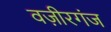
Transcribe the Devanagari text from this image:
वज़ीरगंज